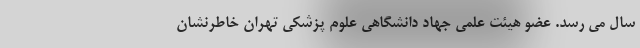
سال می رسد. عضو هیئت علمی جهاد دانشگاهی علوم پزشکی تهران خاطرنشان